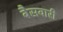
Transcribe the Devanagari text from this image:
बैसवारी